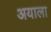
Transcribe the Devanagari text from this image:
अयाला